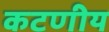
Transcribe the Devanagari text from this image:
कटणीय